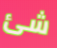
شئ